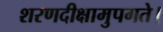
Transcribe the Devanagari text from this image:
शरणदीक्षामुपगते।